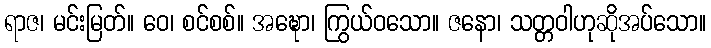
ရာဇ၊ မင်းမြတ်။ ဝေ၊ စင်စစ်။ အဍ္ဎော၊ ကြွယ်ဝသော။ ဇနော၊ သတ္တဝါဟုဆိုအပ်သော။